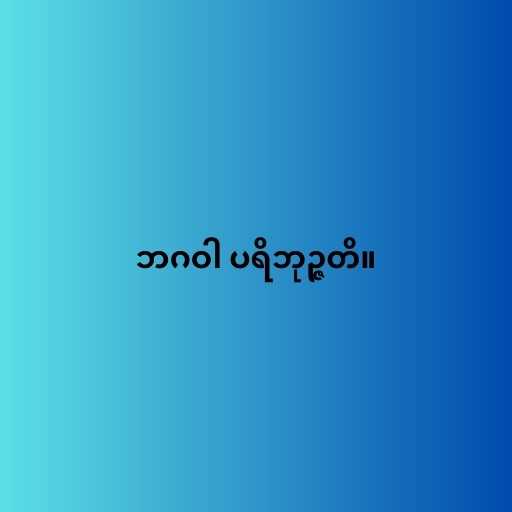
ဘဂဝါ ပရိဘုဉ္ဇတိ။